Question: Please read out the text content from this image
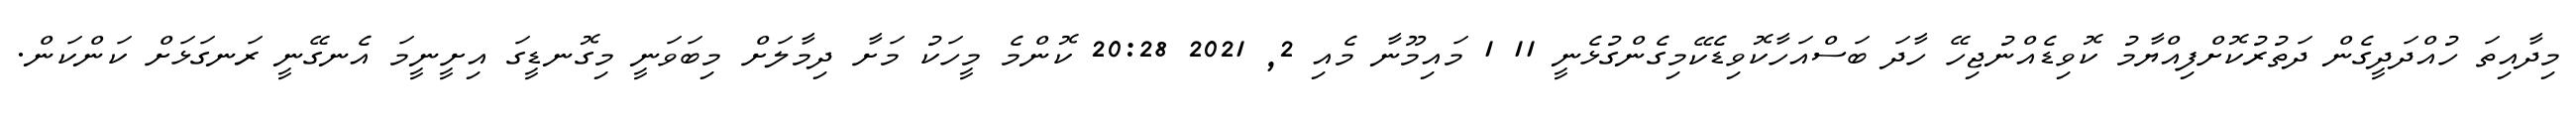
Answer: މިދާއިތަ ހުއްދަދީގެން ދަތުރުކޮށްފިއްޔާމު ކޮވިޑެއްނުޖިހޭ ހާދަ ބަސްއަހާކޮވިޑެކޭމިގެންގުޅެނީ 11 1 މައިމޫނާ މެއި 2, 2021 20:28 ކޮންމެ މީހަކު މަށާ ދިމާލަށް މިބަވަނީ މިގޮނޑީގަ އިށީނީމަ އެނގޭނީ ރަނގަޅަށް ކަންކަން.